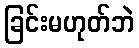
ခြင်းမဟုတ်ဘဲ